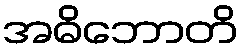
အဓိဘောတိ